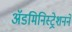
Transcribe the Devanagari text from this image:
ॲडमिनिस्ट्रेशनने